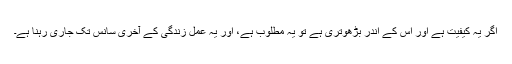
اگر یہ کیفیت ہے اور اس کے اندر بڑھوتری ہے تو یہ مطلوب ہے، اور یہ عمل زندگی کے آخری سانس تک جاری رہنا ہے۔